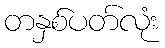
တနှစ်ပတ်လုံး